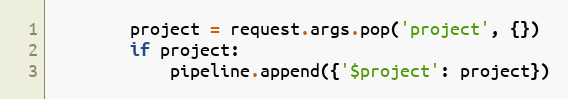
Language: Python
        project = request.args.pop('project', {})
        if project:
            pipeline.append({'$project': project})